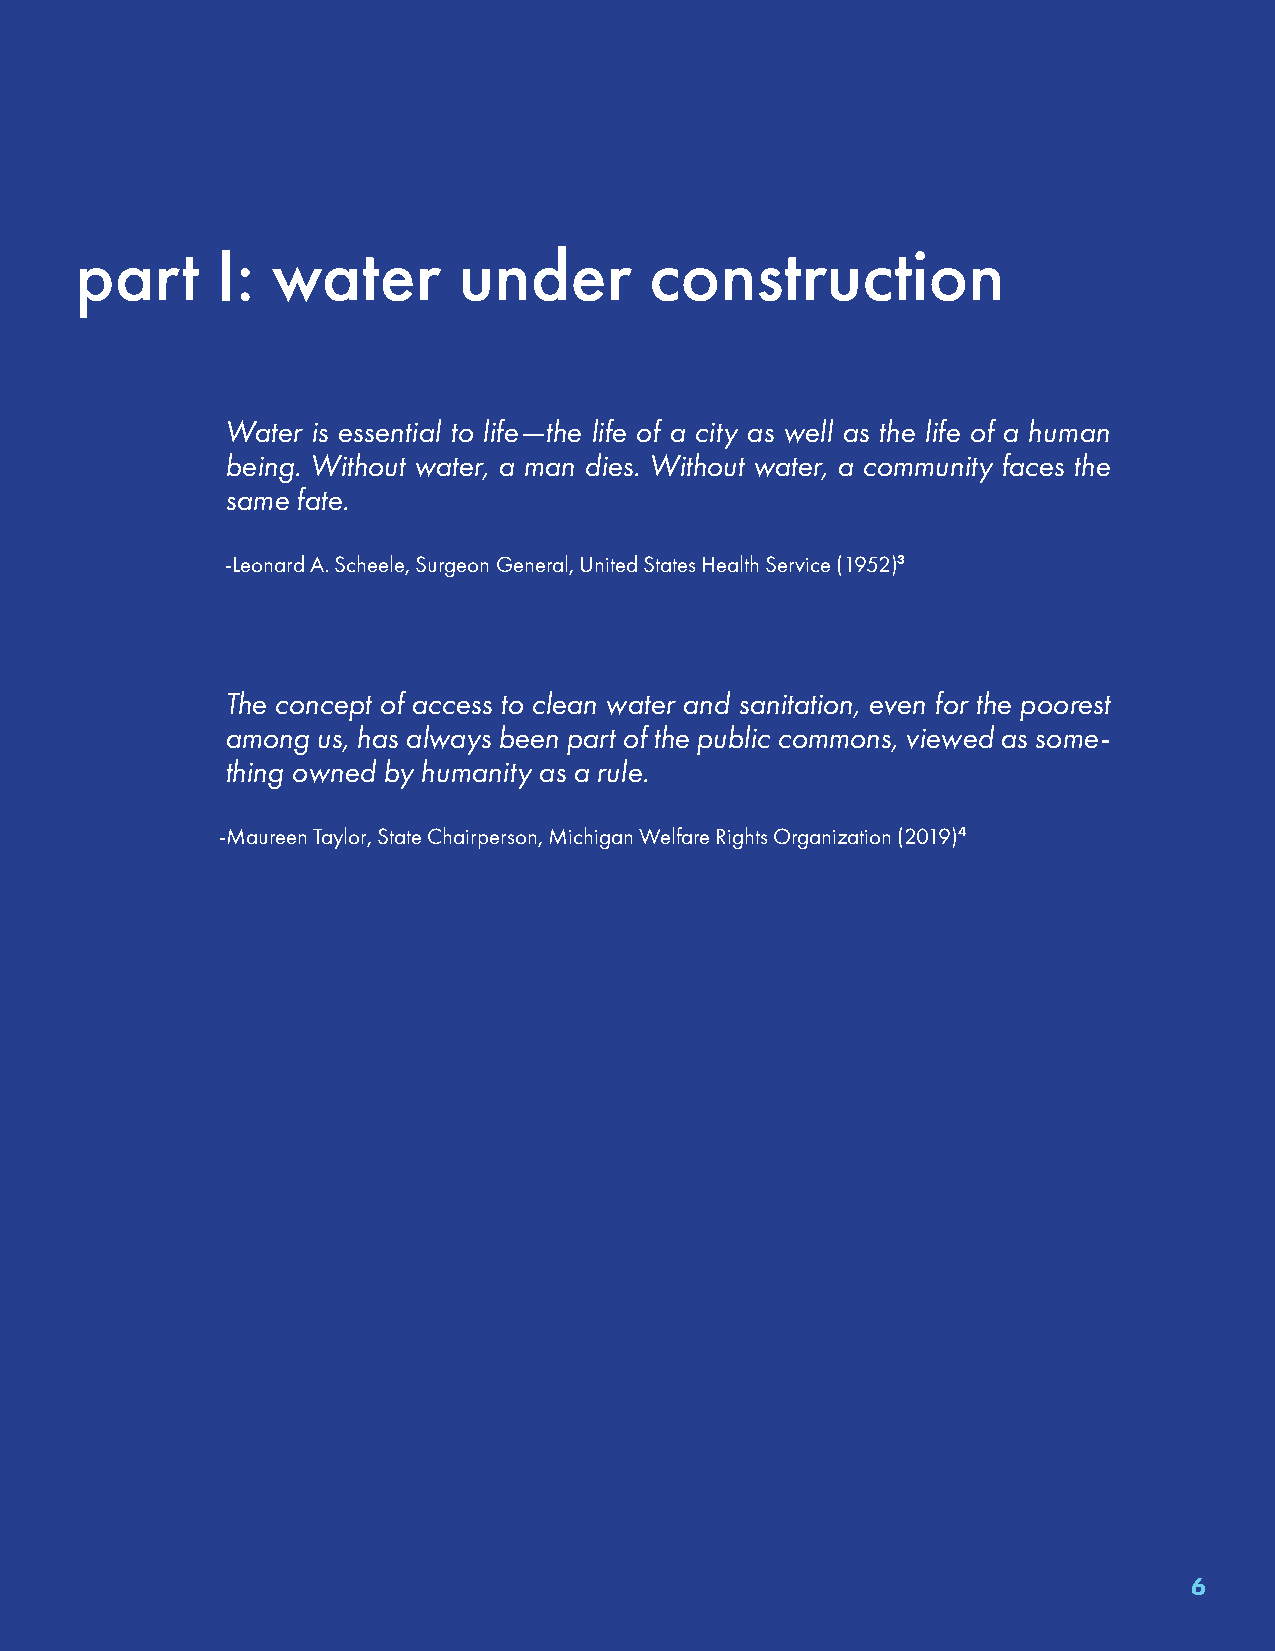
part     I:  water       under        construction
 Water is essential to life—the life of a city as well as the life of a human
 being. Without water, a man dies. Without water, a community faces the
 same fate.
 -Leonard A. Scheele, Surgeon General, United States Health Service (1952)3
 The concept of access to clean water and sanitation, even for the poorest
 among us, has always been part of the public commons, viewed as some-
 thing owned by humanity as a rule.
 -Maureen Taylor, State Chairperson, Michigan Welfare Rights Organization (2019)4
 6